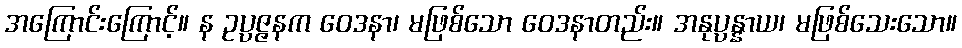
အကြောင်းကြောင့်။ န ဥပ္ပဇ္ဇနက ဝေဒနာ၊ မဖြစ်သော ဝေဒနာတည်း။ အနုပ္ပန္နာယ၊ မဖြစ်သေးသော။